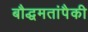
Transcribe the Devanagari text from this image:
बौद्धमतांपैकी